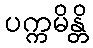
ပက္ကမိန္တိ